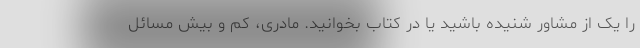
را یک از مشاور شنیده باشید یا در کتاب بخوانید. مادری، کم و بیش مسائل